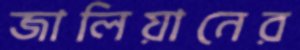
জালিয়ানের